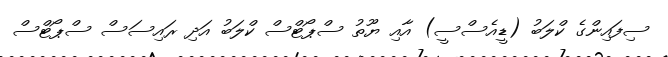
ސިފައިންގެ ކްލަބު (ޑީއެސްސީ) އާއި ޔޫތު ސްޕޯޓްސް ކްލަބު އަދި ރައިސަސް ސްޕޯޓްސް